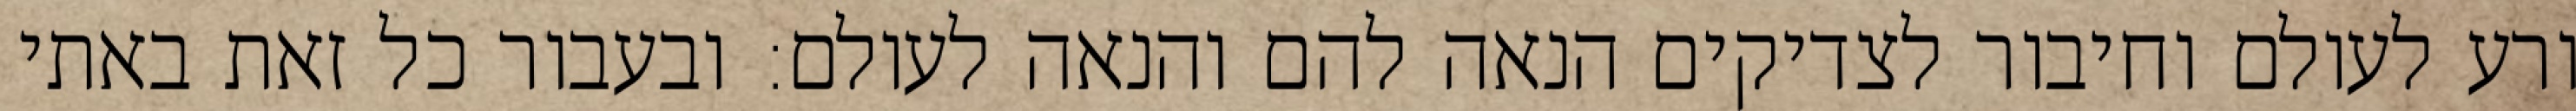
ורע לעולם וחיבור לצדיקים הנאה להם והנאה לעולם: ובעבור כל זאת באתי